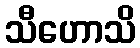
သီဟောသိ